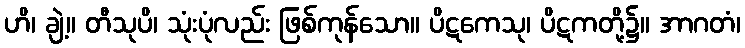
ဟိ၊ ချဲ့။ တီသုပိ၊ သုံးပုံလည်း ဖြစ်ကုန်သော။ ပိဋကေသု၊ ပိဋကတို့၌။ အာဂတံ၊